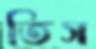
তিস